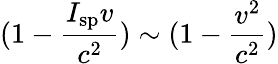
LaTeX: (1-{\frac{I_{\mathrm{sp}}v}{c^{2}}})\sim(1-{\frac{v^{2}}{c^{2}}})